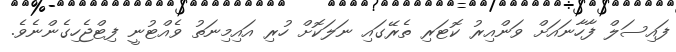
ފައިސަލް ފާހާނައަށް ވަންއިރު ކޮޓަރި ތެރޭގައި ނަލަކޮށް ހުރި އައިމިނަތު ވެއްޓުނީ ފިޓްޖެހިގެންނެވެ.